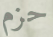
حزم